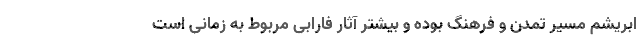
ابریشم مسیر تمدن و فرهنگ بوده و بیشتر آثار فارابی مربوط به زمانی است